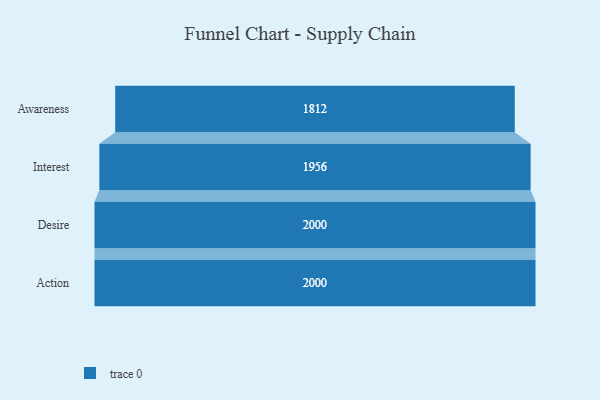
{"axis": {"x": "Stage", "y": "Value"}, "legend": [""], "data": [{"x": "Awareness", "y": 1812.0, "type": ""}, {"x": "Interest", "y": 1956.0, "type": ""}, {"x": "Desire", "y": 2000, "type": ""}, {"x": "Action", "y": 2000, "type": ""}]}